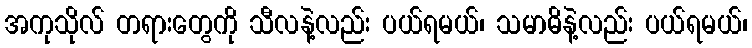
အကုသိုလ် တရားတွေကို သီလနဲ့လည်း ပယ်ရမယ်၊ သမာဓိနဲ့လည်း ပယ်ရမယ်၊